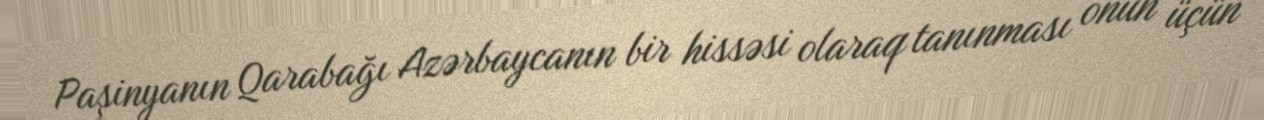
Paşinyanın Qarabağı Azərbaycanın bir hissəsi olaraq tanınması onun üçün